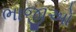
ભાજીઓ